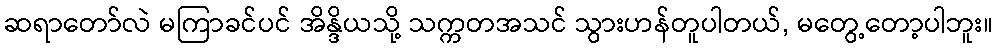
ဆရာတော်လဲ မကြာခင်ပင် အိန္ဒိယသို့ သက္ကတအသင် သွားဟန်တူပါတယ်, မတွေ့တော့ပါဘူး။